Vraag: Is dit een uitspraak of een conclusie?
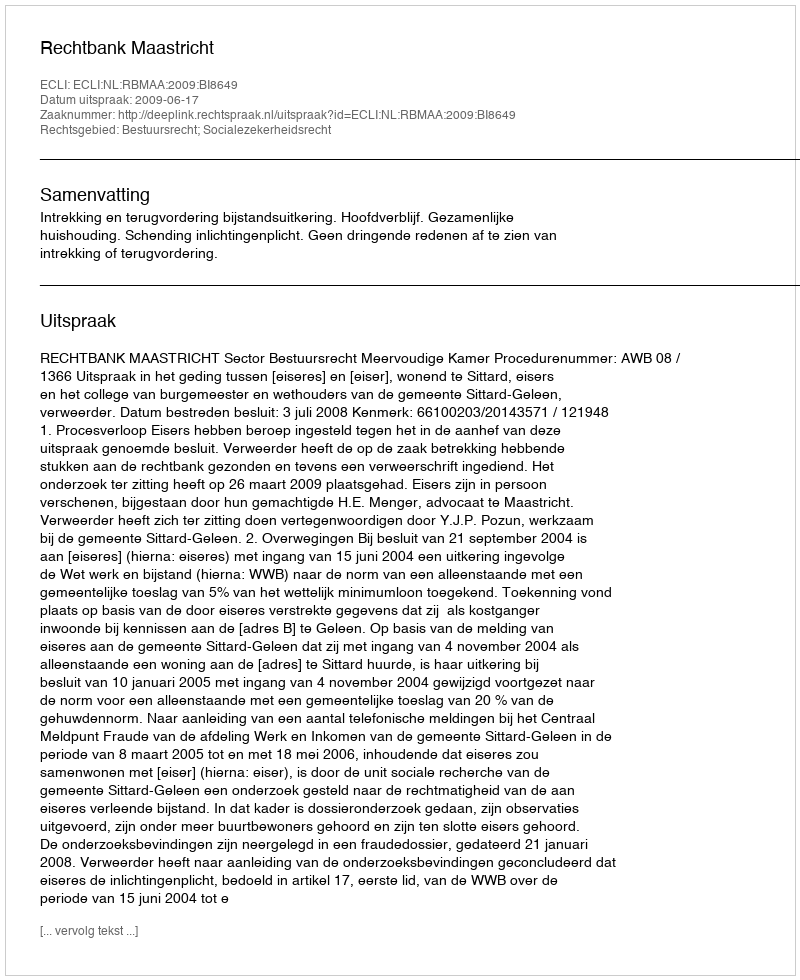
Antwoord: Uitspraak